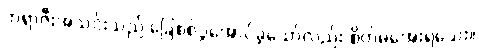
ဘရာဇီးအသင်းသည် ခြေစစ်ပွဲအောင်ခဲ့သော်လည်း စိတ်မအေးရသေး။